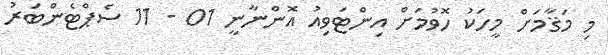
މި މަޤާމަށް މީހަކު ހޮވުމަށް އިންޓަވިއު އޮންނާނީ 01 - 11 ސެޕްޓެންބަރު